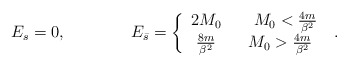
\begin{align*}E_{s}=0,\qquad \qquad E_{\bar{s}}=\left\{ \begin{array}{c}2M_{0}\qquad M_{0}<\frac{4m}{\beta ^{2}}\\\frac{8m}{\beta ^{2}}\qquad M_{0}>\frac{4m}{\beta ^{2}}\end{array}\right. \, \, .\end{align*}